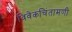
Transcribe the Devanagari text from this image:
विवेकचिंतामणी